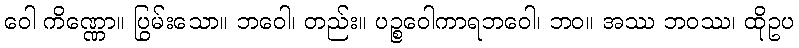
ဝေါ ကိဏ္ဏော။ ပြွမ်းသော။ ဘဝေါ၊ တည်း။ ပဉ္စဝေါကာရဘဝေါ၊ ဘဝ။ အဿ ဘဝဿ၊ ထိုဥပ